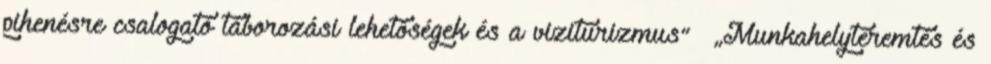
pihenésre csalogató táborozási lehetőségek és a viziturizmus” ▪„Munkahelyteremtés és